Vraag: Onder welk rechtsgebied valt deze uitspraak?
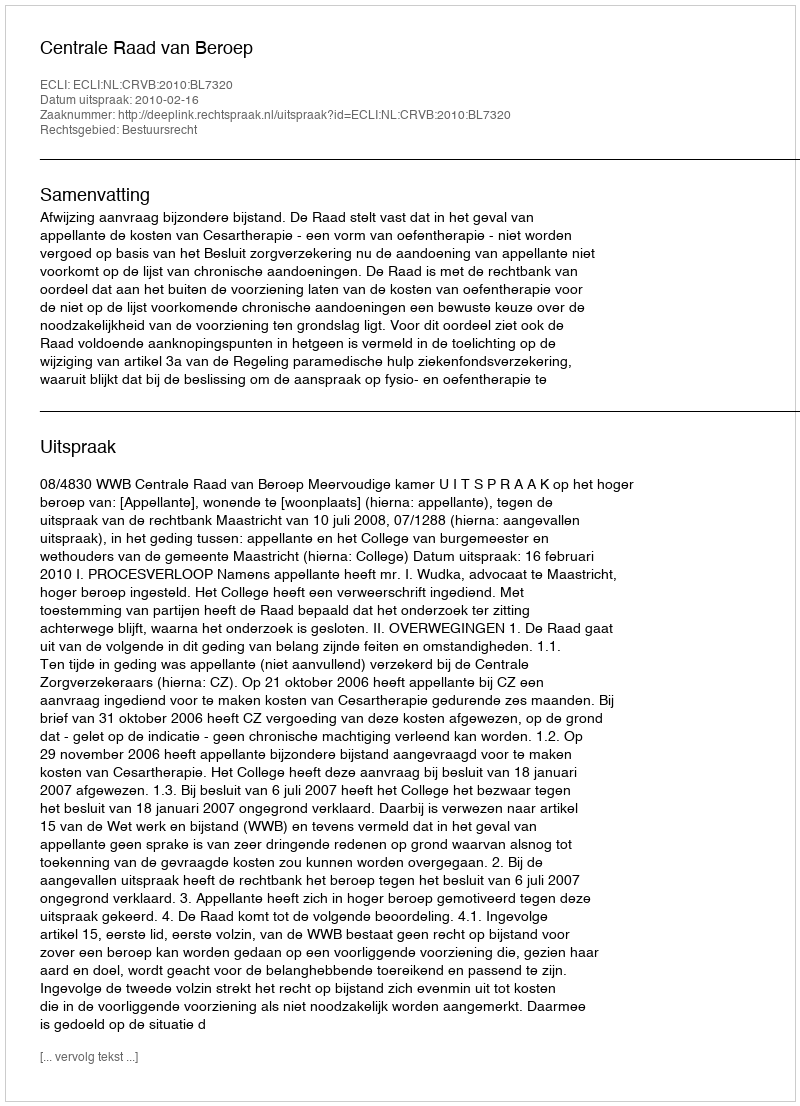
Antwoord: Bestuursrecht